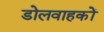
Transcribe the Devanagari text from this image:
डोलवाहकों